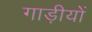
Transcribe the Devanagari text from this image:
गाड़ीयों